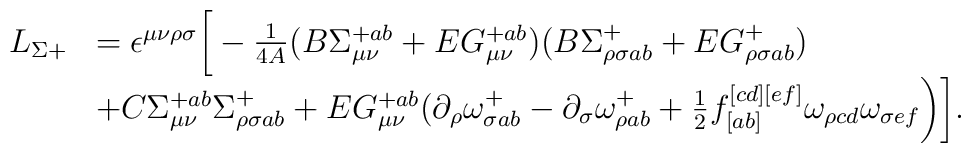
\begin{array}{ll} L_{\Sigma +} & =  \epsilon^{\mu\nu\rho\sigma} \bigg[ - \frac{1}{4A} (B\Sigma^{+ab}_{\mu \nu} + E G^{+ab}_{\mu \nu})(B\Sigma^{+}_{\rho \sigma ab} + E G^{+}_{\rho \sigma ab}) \\& + C \Sigma^{+ ab}_{\mu\nu} \Sigma^+_{\rho\sigma ab}+E G^{+ ab}_{\mu\nu} (\partial_\rho \omega^+_{\sigma ab} -\partial_\sigma \omega^+_{\rho ab} + {1\over2} f_{[ab]}^{[cd][ef]}\omega_{\rho cd} \omega_{\sigma ef} \bigg) \bigg]. \\\end{array}